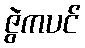
ဇွဲကပင်